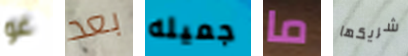
غو بعد جميله ما شريكها